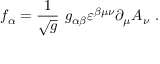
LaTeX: f _ { \alpha } = \frac { 1 } { \sqrt { g } } \ g _ { \alpha \beta } \varepsilon ^ { \beta \mu \nu } \partial _ { \mu } A _ { \nu } \ .